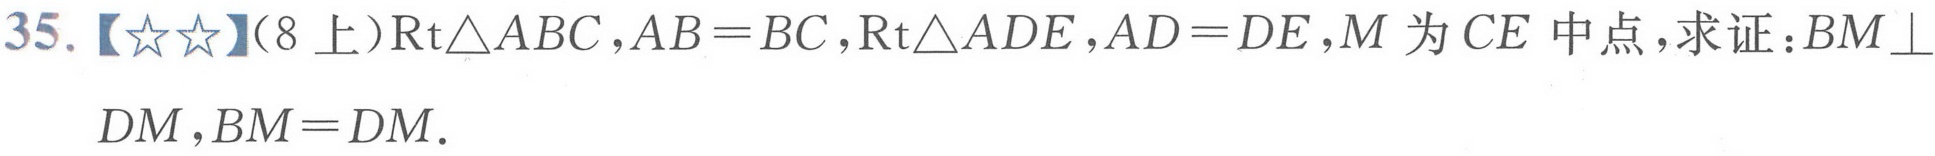
35.【★★】(8上)\(\text{Rt}\triangle ABC\)，\(AB = BC\)，\(\text{Rt}\triangle ADE\)，\(AD = DE\)，\(M\)为\(CE\)中点，求证：\(BM\perp DM\)，\(BM = DM\).